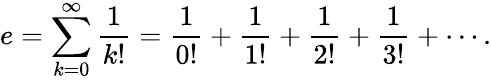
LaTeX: e=\sum_{k=0}^{\infty}{\frac{1}{k!}}={\frac{1}{0!}}+{\frac{1}{1!}}+{\frac{1}{2!}}+{\frac{1}{3!}}+\cdots.